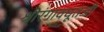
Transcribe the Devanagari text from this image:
श्रीरंगावधूतजी